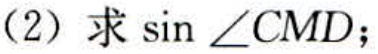
(2) 求\(\sin\angle CMD\)；